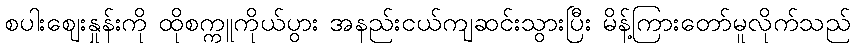
စပါးဈေးနှုန်းကို ထိုစက္ကူကိုယ်ပွား အနည်းငယ်ကျဆင်းသွားပြီး မိန့်ကြားတော်မူလိုက်သည်